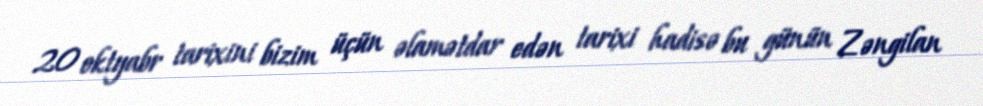
20 oktyabr tarixini bizim üçün əlamətdar edən tarixi hadisə bu günün Zəngilan